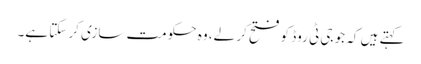
کہتے ہیں کہ جو جی ٹی روڈ کو فتح کر لے، وہ حکومت سازی کر سکتا ہے۔